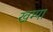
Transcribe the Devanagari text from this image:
खम्पा